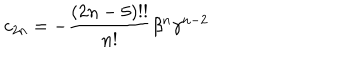
c _ { 2 n } = - \frac { ( 2 n - 5 ) ! ! } { n ! } \beta ^ { n } \gamma ^ { n - 2 }